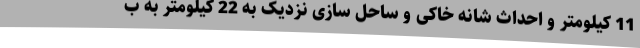
11 کیلومتر و احداث شانه خاکی و ساحل سازی نزدیک به 22 کیلومتر به ب